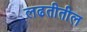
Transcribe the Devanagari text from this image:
लढतीतील